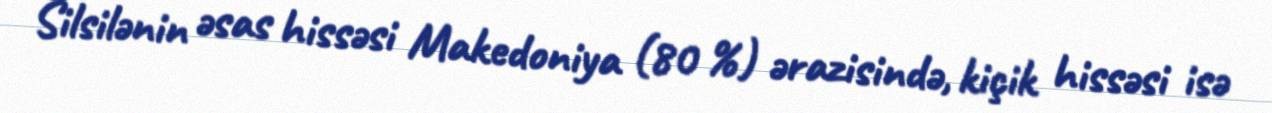
Silsilənin əsas hissəsi Makedoniya (80 %) ərazisində, kiçik hissəsi isə